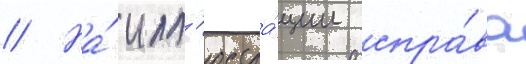
// На́ илл'юстра́ции спра́ва